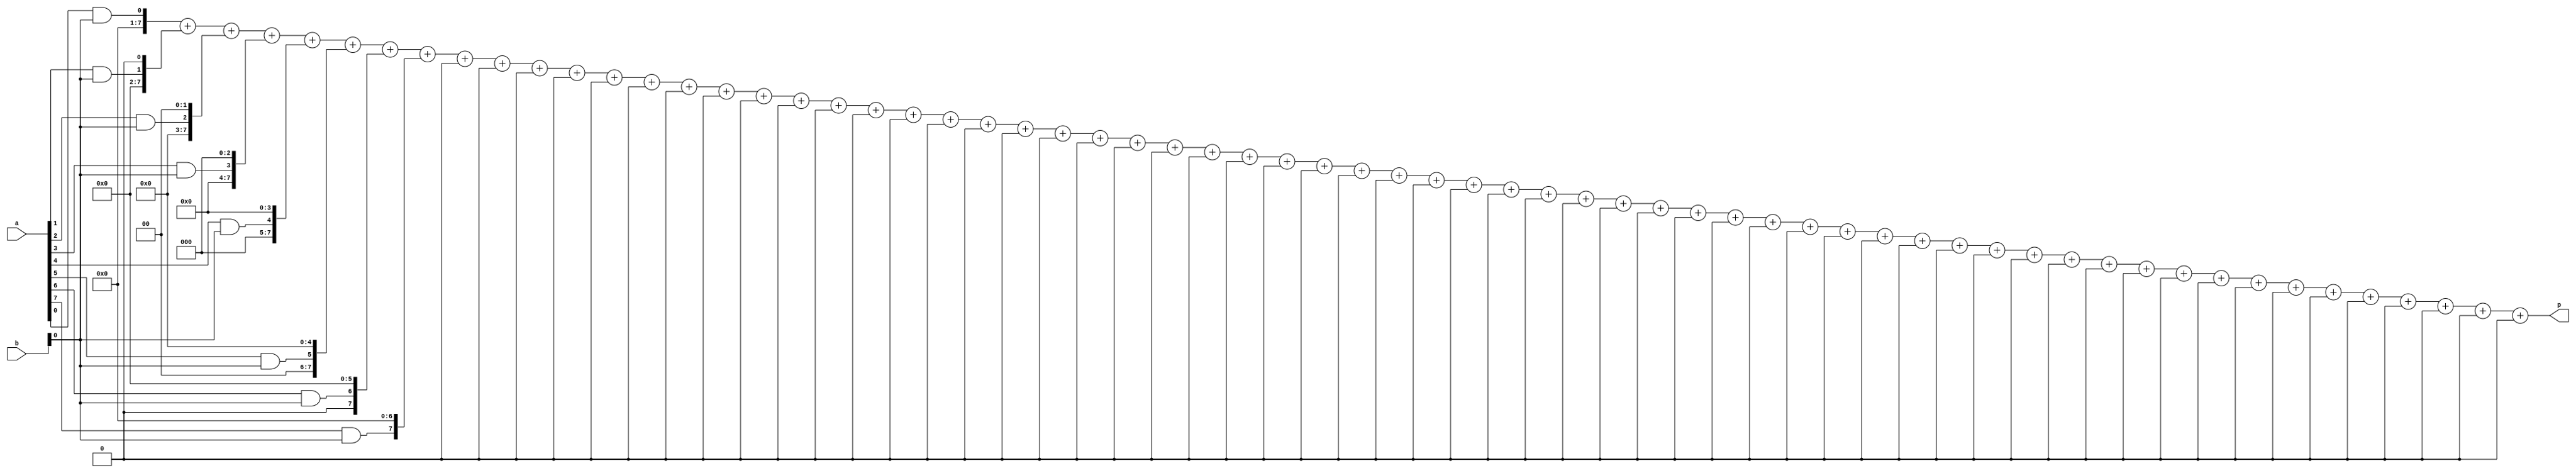
module EightBitMultiplier(
    input wire [7:0] a,
    input wire [7:0] b,
    output wire [15:0] p
);

wire [7:0] partial_products [0:63];

assign partial_products[0]  = a[0] & b[0];
assign partial_products[1]  = a[1] & b[0];
assign partial_products[2]  = a[2] & b[0];
assign partial_products[3]  = a[3] & b[0];
assign partial_products[4]  = a[4] & b[0];
assign partial_products[5]  = a[5] & b[0];
assign partial_products[6]  = a[6] & b[0];
assign partial_products[7]  = a[7] & b[0];
assign partial_products[8]  = a[0] & b[1];
assign partial_products[9]  = a[1] & b[1];
assign partial_products[10] = a[2] & b[1];
assign partial_products[11] = a[3] & b[1];
assign partial_products[12] = a[4] & b[1];
assign partial_products[13] = a[5] & b[1];
assign partial_products[14] = a[6] & b[1];
assign partial_products[15] = a[7] & b[1];
assign partial_products[16] = a[0] & b[2];
assign partial_products[17] = a[1] & b[2];
assign partial_products[18] = a[2] & b[2];
assign partial_products[19] = a[3] & b[2];
assign partial_products[20] = a[4] & b[2];
assign partial_products[21] = a[5] & b[2];
assign partial_products[22] = a[6] & b[2];
assign partial_products[23] = a[7] & b[2];
assign partial_products[24] = a[0] & b[3];
assign partial_products[25] = a[1] & b[3];
assign partial_products[26] = a[2] & b[3];
assign partial_products[27] = a[3] & b[3];
assign partial_products[28] = a[4] & b[3];
assign partial_products[29] = a[5] & b[3];
assign partial_products[30] = a[6] & b[3];
assign partial_products[31] = a[7] & b[3];
assign partial_products[32] = a[0] & b[4];
assign partial_products[33] = a[1] & b[4];
assign partial_products[34] = a[2] & b[4];
assign partial_products[35] = a[3] & b[4];
assign partial_products[36] = a[4] & b[4];
assign partial_products[37] = a[5] & b[4];
assign partial_products[38] = a[6] & b[4];
assign partial_products[39] = a[7] & b[4];
assign partial_products[40] = a[0] & b[5];
assign partial_products[41] = a[1] & b[5];
assign partial_products[42] = a[2] & b[5];
assign partial_products[43] = a[3] & b[5];
assign partial_products[44] = a[4] & b[5];
assign partial_products[45] = a[5] & b[5];
assign partial_products[46] = a[6] & b[5];
assign partial_products[47] = a[7] & b[5];
assign partial_products[48] = a[0] & b[6];
assign partial_products[49] = a[1] & b[6];
assign partial_products[50] = a[2] & b[6];
assign partial_products[51] = a[3] & b[6];
assign partial_products[52] = a[4] & b[6];
assign partial_products[53] = a[5] & b[6];
assign partial_products[54] = a[6] & b[6];
assign partial_products[55] = a[7] & b[6];
assign partial_products[56] = a[0] & b[7];
assign partial_products[57] = a[1] & b[7];
assign partial_products[58] = a[2] & b[7];
assign partial_products[59] = a[3] & b[7];
assign partial_products[60] = a[4] & b[7];
assign partial_products[61] = a[5] & b[7];
assign partial_products[62] = a[6] & b[7];
assign partial_products[63] = a[7] & b[7];

// Sum up the partial products
assign p = 
    {8'b0, partial_products[0]} + 
    {8'b0, partial_products[1] << 1} +
    {8'b0, partial_products[2] << 2} +
    {8'b0, partial_products[3] << 3} +
    {8'b0, partial_products[4] << 4} +
    {8'b0, partial_products[5] << 5} +
    {8'b0, partial_products[6] << 6} +
    {8'b0, partial_products[7] << 7} +
    {8'b0, partial_products[8] << 8} +
    {8'b0, partial_products[9] << 9} +
    {8'b0, partial_products[10] << 10} +
    {8'b0, partial_products[11] << 11} +
    {8'b0, partial_products[12] << 12} +
    {8'b0, partial_products[13] << 13} +
    {8'b0, partial_products[14] << 14} +
    {8'b0, partial_products[15] << 15} +
    {8'b0, partial_products[16] << 16} +
    {8'b0, partial_products[17] << 17} +
    {8'b0, partial_products[18] << 18} +
    {8'b0, partial_products[19] << 19} +
    {8'b0, partial_products[20] << 20} +
    {8'b0, partial_products[21] << 21} +
    {8'b0, partial_products[22] << 22} +
    {8'b0, partial_products[23] << 23} +
    {8'b0, partial_products[24] << 24} +
    {8'b0, partial_products[25] << 25} +
    {8'b0, partial_products[26] << 26} +
    {8'b0, partial_products[27] << 27} +
    {8'b0, partial_products[28] << 28} +
    {8'b0, partial_products[29] << 29} +
    {8'b0, partial_products[30] << 30} +
    {8'b0, partial_products[31] << 31} +
    {8'b0, partial_products[32] << 32} +
    {8'b0, partial_products[33] << 33} +
    {8'b0, partial_products[34] << 34} +
    {8'b0, partial_products[35] << 35} +
    {8'b0, partial_products[36] << 36} +
    {8'b0, partial_products[37] << 37} +
    {8'b0, partial_products[38] << 38} +
    {8'b0, partial_products[39] << 39} +
    {8'b0, partial_products[40] << 40} +
    {8'b0, partial_products[41] << 41} +
    {8'b0, partial_products[42] << 42} +
    {8'b0, partial_products[43] << 43} +
    {8'b0, partial_products[44] << 44} +
    {8'b0, partial_products[45] << 45} +
    {8'b0, partial_products[46] << 46} +
    {8'b0, partial_products[47] << 47} +
    {8'b0, partial_products[48] << 48} +
    {8'b0, partial_products[49] << 49} +
    {8'b0, partial_products[50] << 50} +
    {8'b0, partial_products[51] << 51} +
    {8'b0, partial_products[52] << 52} +
    {8'b0, partial_products[53] << 53} +
    {8'b0, partial_products[54] << 54} +
    {8'b0, partial_products[55] << 55} +
    {8'b0, partial_products[56] << 56} +
    {8'b0, partial_products[57] << 57} +
    {8'b0, partial_products[58] << 58} +
    {8'b0, partial_products[59] << 59} +
    {8'b0, partial_products[60] << 60} +
    {8'b0, partial_products[61] << 61} +
    {8'b0, partial_products[62] << 62} +
    {8'b0, partial_products[63] << 63};

endmodule